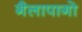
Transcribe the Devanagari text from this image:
गैलापागो